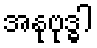
အနုဗုဒ္ဓါ